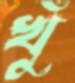
খুঁ